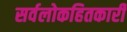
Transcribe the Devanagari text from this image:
सर्वलोकहितकारी